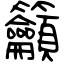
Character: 籲